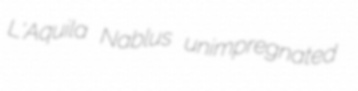
L'Aquila Nablus unimpregnated